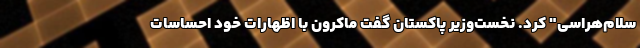
سلام‌هراسی" کرد. نخست‌وزیر پاکستان گفت ماکرون با اظهارات خود احساسات